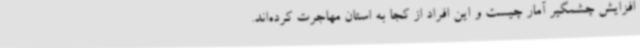
افزایش چشمگیر آمار چیست و این افراد از کجا به استان مهاجرت کرده‌اند.